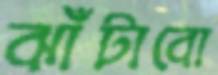
ঝাঁটাবো